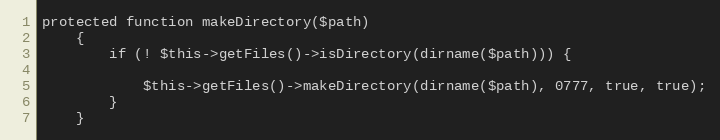
Language: PHP
protected function makeDirectory($path)
    {
        if (! $this->getFiles()->isDirectory(dirname($path))) {

            $this->getFiles()->makeDirectory(dirname($path), 0777, true, true);
        }
    }